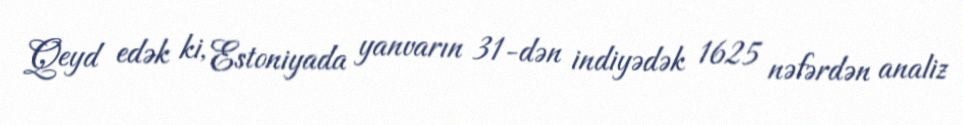
Qeyd edək ki, Estoniyada yanvarın 31-dən indiyədək 1625 nəfərdən analiz